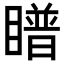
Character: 𪾿